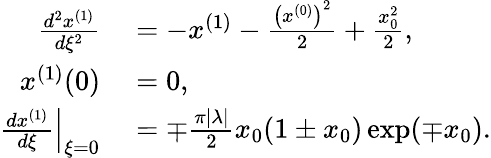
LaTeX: \begin{array}{rl}{\frac{d^{2}x^{(1)}}{d\xi^{2}}}&{{}=-x^{(1)}-\frac{\left(x^{(0)}\right)^{2}}{2}+\frac{x_{0}^{2}}{2},}\\ {x^{(1)}(0)}&{{}=0,}\\ {\left.\frac{dx^{(1)}}{d\xi}\right|_{\xi=0}}&{{}=\mp\frac{\pi|\lambda|}{2}x_{0}(1\pm x_{0})\exp(\mp x_{0}).}\end{array}